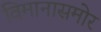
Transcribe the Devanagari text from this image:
विमानासमोर